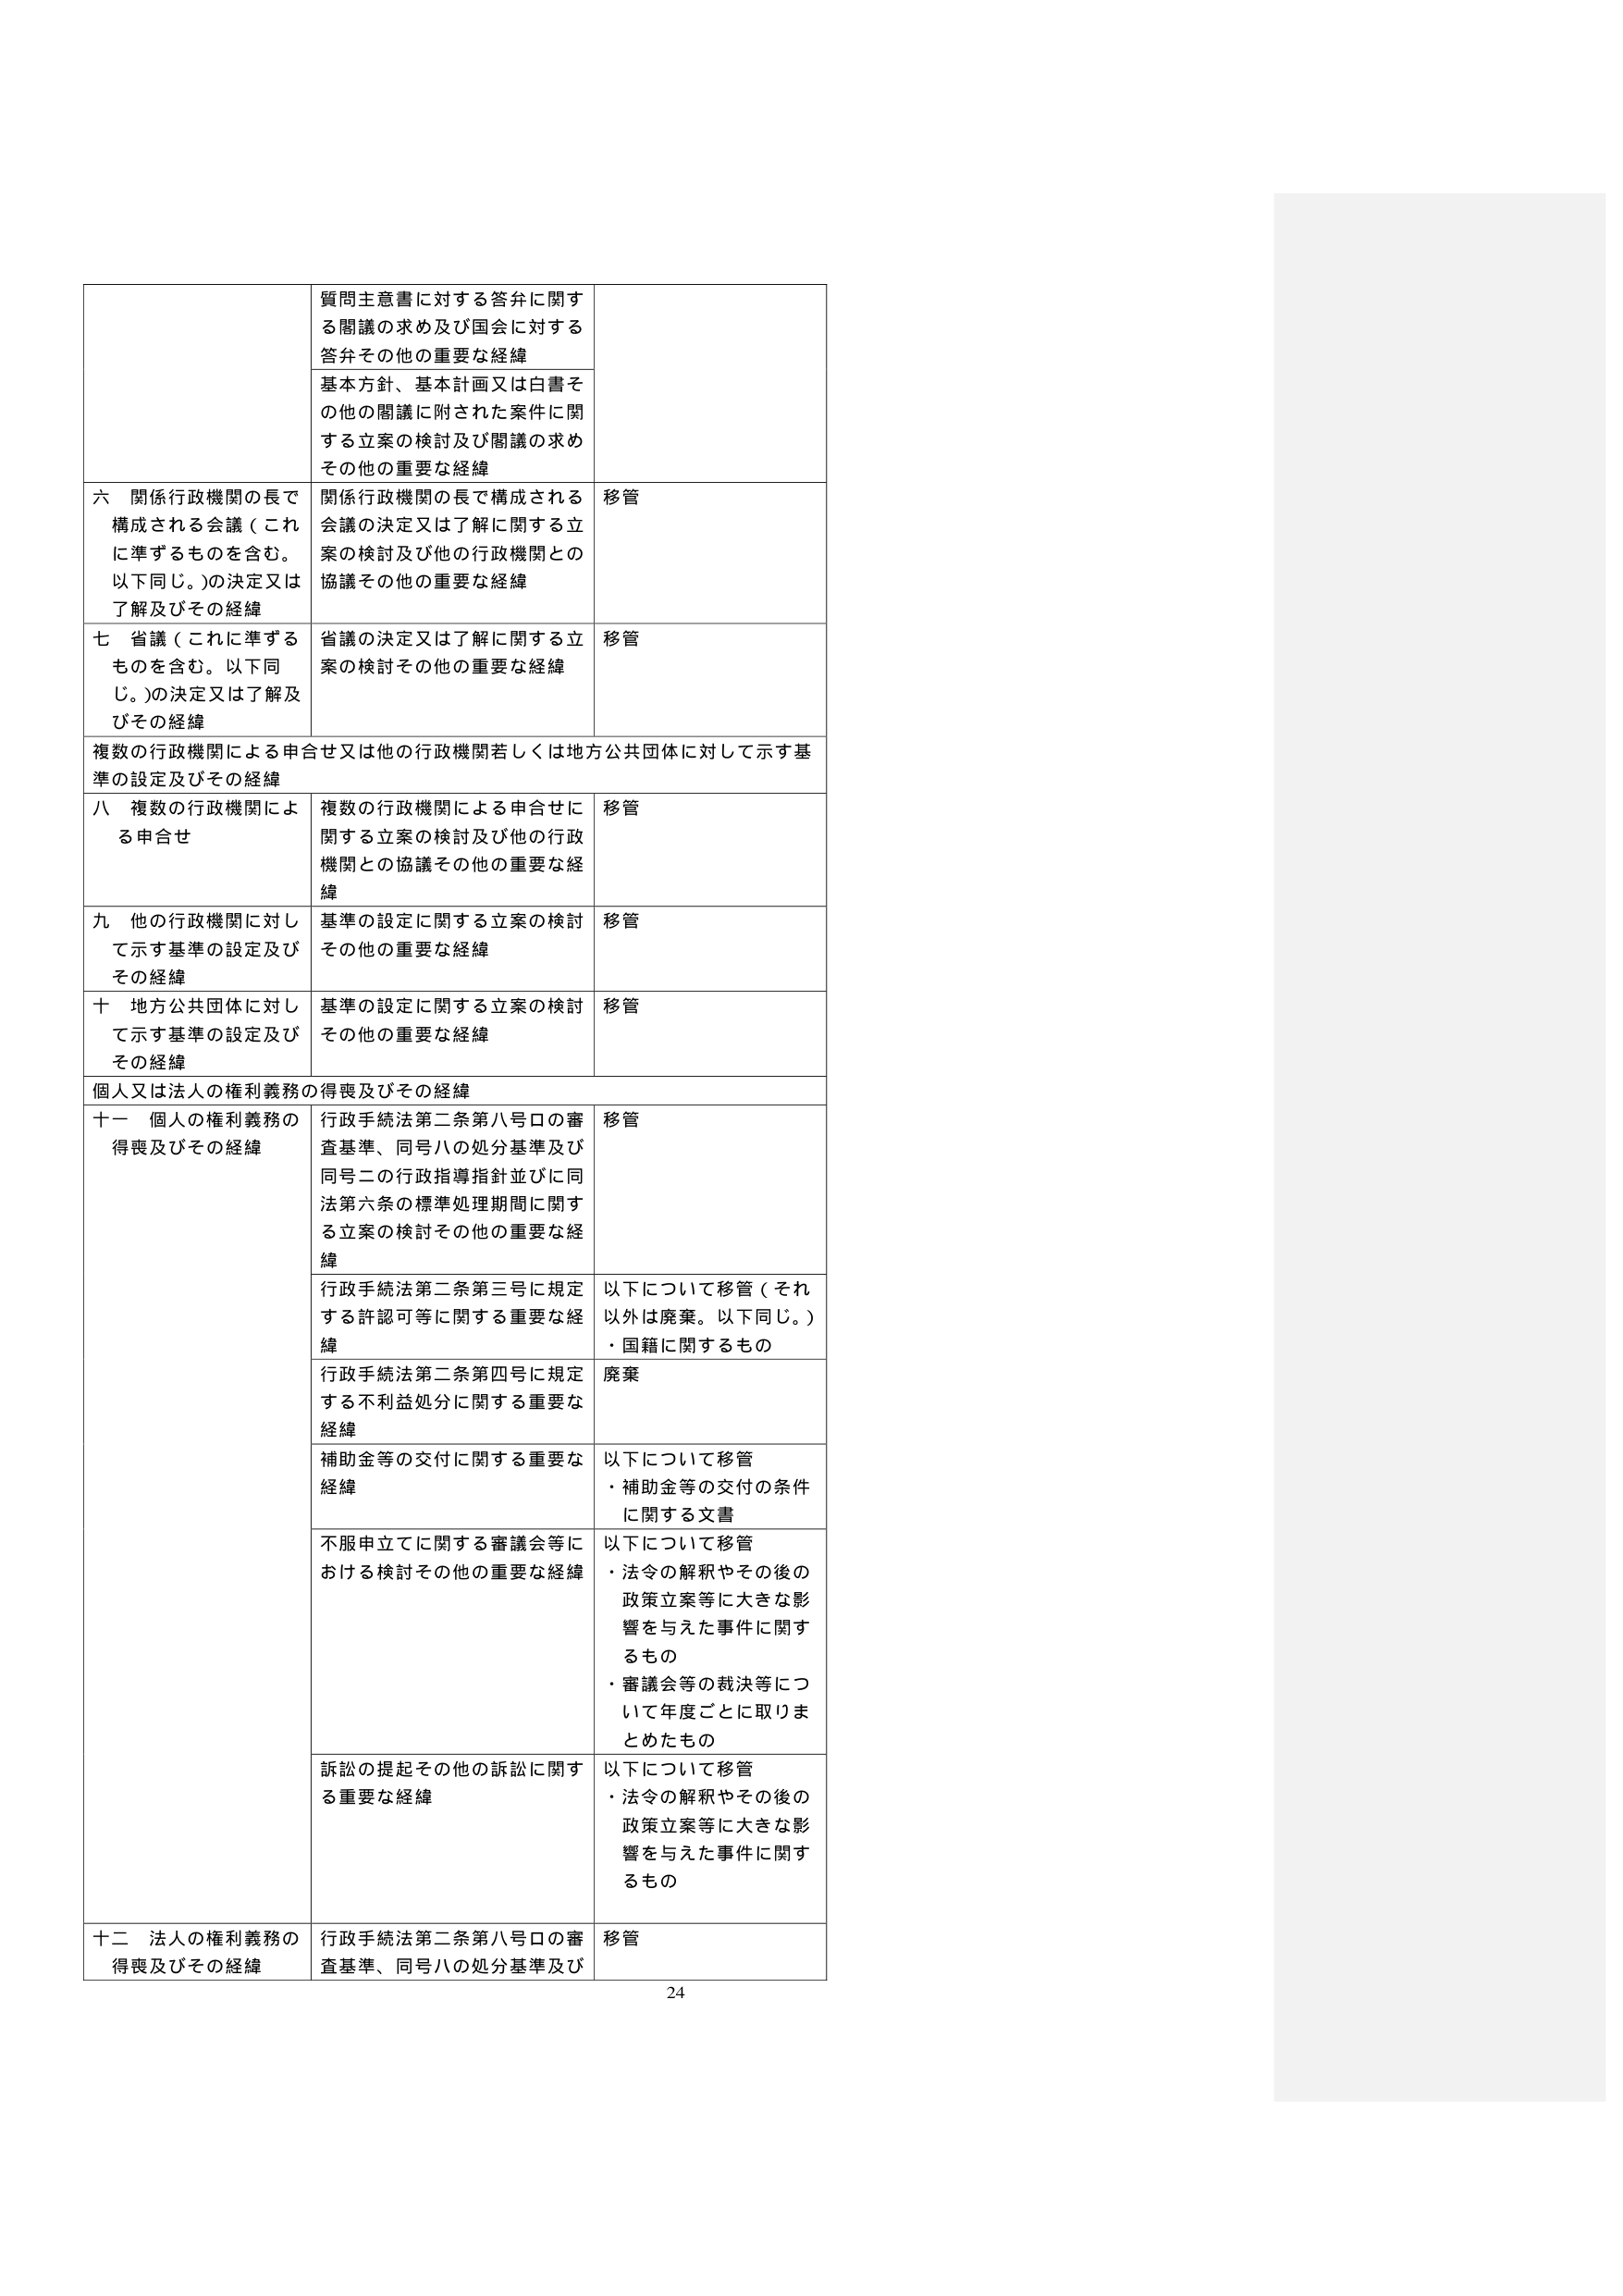
質問主意書に対する答弁に関する閣議の求め及び国会に対する答弁その他の重要な経緯
基本方針、基本計画又は白書その他の閣議に附された案件に関する立案の検討及び閣議の求めその他の重要な経緯

六 関係行政機関の長で構成される会議（これに準ずるものを含む。以下同じ。）の決定又は了解及びその経緯
関係行政機関の長で構成される会議の決定又は了解に関する立案の検討及び他の行政機関との協議その他の重要な経緯
移管

七 省議（これに準ずるものを含む。以下同じ。）の決定又は了解及びその経緯
省議の決定又は了解に関する立案の検討その他の重要な経緯
移管

複数の行政機関による申合せ又は他の行政機関若しくは地方公共団体に対して示す基準の設定及びその経緯

八 複数の行政機関による申合せ
複数の行政機関による申合せに関する立案の検討及び他の行政機関との協議その他の重要な経緯
移管

九 他の行政機関に対して示す基準の設定及びその経緯
基準の設定に関する立案の検討その他の重要な経緯
移管

十 地方公共団体に対して示す基準の設定及びその経緯
基準の設定に関する立案の検討その他の重要な経緯
移管

個人又は法人の権利義務の得喪及びその経緯

十一 個人の権利義務の得喪及びその経緯
行政手続法第二条第八号ロの審査基準、同号ハの処分基準及び同号ニの行政指導指針並びに同法第六条の標準処理期間に関する立案の検討その他の重要な経緯
移管

行政手続法第二条第三号に規定する許認可等に関する重要な経緯
以下について移管（それ以外は廃棄。以下同じ。）
・国籍に関するもの

行政手続法第二条第四号に規定する不利益処分に関する重要な経緯
廃棄

補助金等の交付に関する重要な経緯
以下について移管
・補助金等の交付の条件に関する文書

不服申立てに関する審議会等における検討その他の重要な経緯
以下について移管
・法令の解釈やその後の政策立案等に大きな影響を与えた事件に関するもの
・審議会等の裁決等について年度ごとに取りまとめたもの

訴訟の提起その他の訴訟に関する重要な経緯
以下について移管
・法令の解釈やその後の政策立案等に大きな影響を与えた事件に関するもの

十二 法人の権利義務の得喪及びその経緯
行政手続法第二条第八号ロの審査基準、同号ハの処分基準及び
移管

24